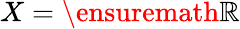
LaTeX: X=\ensuremath{\mathbb{R}}